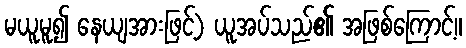
မယူမူ၍ နေယျအားဖြင့်) ယူအပ်သည်၏ အဖြစ်ကြောင့်။